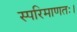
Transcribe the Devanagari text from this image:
स्परिमाणतः।